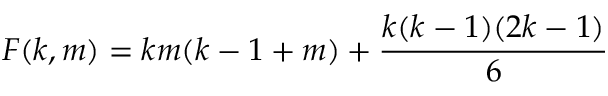
F ( k , m ) = k m ( k - 1 + m ) + { \frac { k ( k - 1 ) ( 2 k - 1 ) } { 6 } }